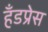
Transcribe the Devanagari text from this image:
हँडप्रेस